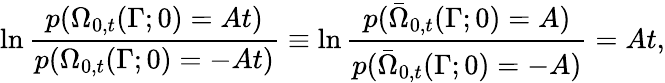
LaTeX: \ln\frac{p(\Omega_{0,t}(\Gamma;0)=At)}{p(\Omega_{0,t}(\Gamma;0)=-At)}\equiv\ln\frac{p(\bar{\Omega}_{0,t}(\Gamma;0)=A)}{p(\bar{\Omega}_{0,t}(\Gamma;0)=-A)}=At,